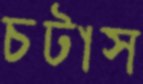
চটাস